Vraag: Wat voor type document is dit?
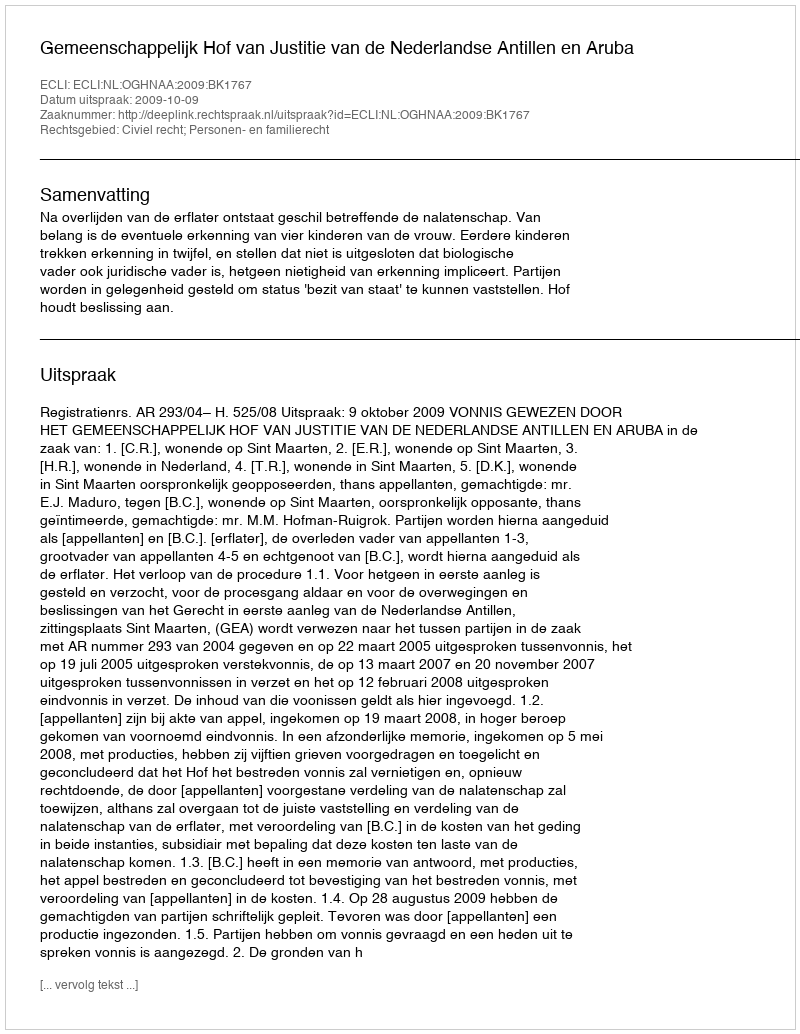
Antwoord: Uitspraak